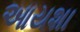
આયશા